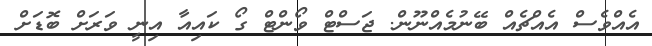
އެއްވެސް އެއްޗެއް ބޭނުމެއްނޫން. ޖަސްޓް ވޯންޓް ގޯ ކައިއާ އިނީ ވަރަށް ބޮޑަށް